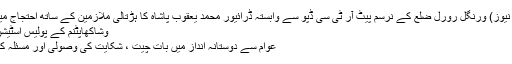
/20 نومبر، ( سیاست نیوز) ورنگل رورل ضلع کے نرسم پیٹ آر ٹی سی ڈپو سے وابستہ ڈرائیور محمد یعقوب پاشاہ کا ہڑتالی ملازمین کے ساتھ احتجاج میں حصہ لینے کے …
وشاکھاپٹنم کے پولیس اسٹیشن میں روبوٹ کانسٹبل
عوام سے دوستانہ انداز میں بات چیت ، شکایت کی وصولی اور مسئلہ کی یکسوئی وشاکھاپٹنم۔